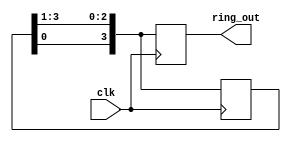
`timescale 1ns / 1ps


module ring_counter #(parameter N = 4)(
    input clk,
    output reg [N-1:0] ring_out
    );

    reg [N-1:0] reg_ring;

    initial begin //bailang deeri
        reg_ring = 1;
    end

    always @(posedge clk) begin //ilemler ve clk senkronizasyonu
        // kaydrma ilemi
        reg_ring = {reg_ring[0], reg_ring[N-1:1]};
        ring_out = reg_ring;
    end 
    
endmodule